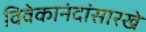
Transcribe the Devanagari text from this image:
विवेकानंदांसारखे